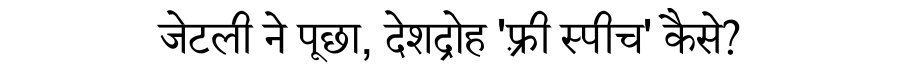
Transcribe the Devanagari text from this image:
जेटली ने पूछा, देशद्रोह 'फ़्री स्पीच' कैसे?